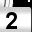
Digit: 2